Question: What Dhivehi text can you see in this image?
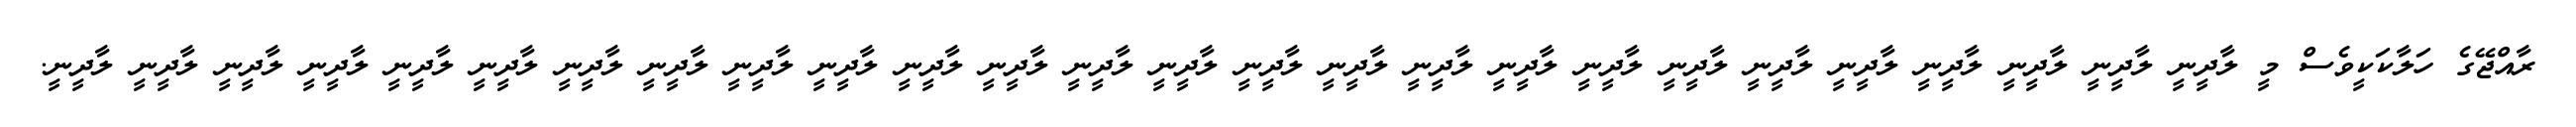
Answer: ރާއްޖޭގެ ހަލާކަކީވެސް މީ ލާދީނީ ލާދީނީ ލާދީނީ ލާދީނީ ލާދީނީ ލާދީނީ ލާދީނީ ލާދީނީ ލާދީނީ ލާދީނީ ލާދީނީ ލާދީނީ ލާދީނީ ލާދީނީ ލާދީނީ ލާދީނީ ލާދީނީ ލާދީނީ ލާދީނީ ލާދީނީ ލާދީނީ ލާދީނީ ލާދީނީ ލާދީނީ ލާދީނީ ލާދީނީ.